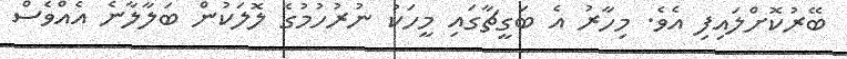
ބޭރުކޮށްލައިފި އެވެ. މިހާރު އެ ބަގީޗާގައި މީހަކު ނުރުހުމުގެ ލޮލަކުން ބަލާލާނެ އެއްވެސް